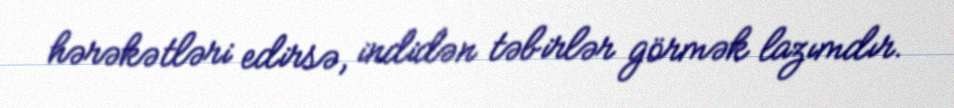
hərəkətləri edirsə, indidən təbirlər görmək lazımdır.